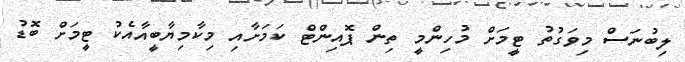
ލިބުނަސް މިވަގުތު ޓީމަށް މުހިންމީ ތިން ޕޮއިންޓް ކަމަށާއި މިކާމިޔާބީއާއެކު ޓީމަށް ބޮޑު